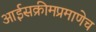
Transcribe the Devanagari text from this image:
आईसक्रीमप्रमाणेच